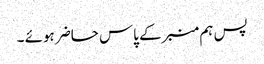
پس ہم منبرکے پاس حاضر ہوئے ۔